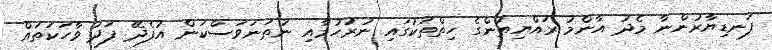
ފަނޑިޔާރުންނާ މެދު އާންމު ރައްޔިތުންގެ ހިތްތަކުގައި ނުރުހުމާއި ނުތަނަވަސްކަން އުފެދޭ ފަދަ ވާހަކަތައް